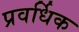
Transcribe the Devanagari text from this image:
प्रवर्धिक